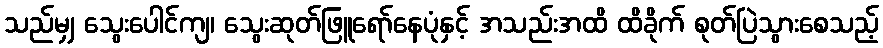
သည်မျှ သွေးပေါင်ကျ၊ သွေးဆုတ်ဖြူရော်နေပုံနှင့် အသည်းအထိ ထိခိုက် စုတ်ပြဲသွားစေသည့်